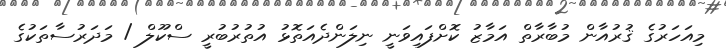
މިއަހަރުގެ ޤުރުއާން މުބާރާތް އަމާޒު ކޮށްފައިވަނީ ނިލަންދެއަތޮޅު އުތުރުބުރީ ސްކޫލް / މަދަރުސާތަކުގެ